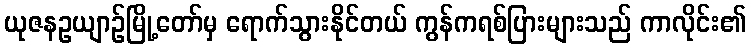
ယုဇနဥယျာဉ်မြို့တော်မှ ရောက်သွားနိုင်တယ် ကွန်ကရစ်ပြားများသည် ကာလိုင်း၏